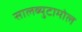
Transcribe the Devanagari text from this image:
सालब्युटामोल